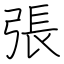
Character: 張